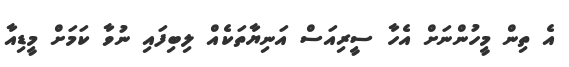
އެ ތިން މީހުންނަށް އެހާ ސީރިއަސް އަނިޔާތަކެއް ލިބިފައި ނުވާ ކަމަށް މީޑިއާ